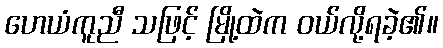
ဟေယံကူညီ သဖြင့် မြို့ထဲက ဝယ်လို့ရခဲ့၏။